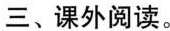
三、课外阅读。